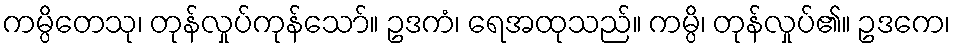
ကမ္ပိတေသု၊ တုန်လှုပ်ကုန်သော်။ ဥဒကံ၊ ရေအထုသည်။ ကမ္ပိ၊ တုန်လှုပ်၏။ ဥဒကေ၊